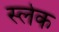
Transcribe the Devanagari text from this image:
स्लेक